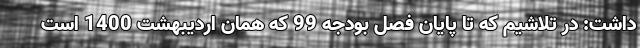
داشت: در تلاشیم که تا پایان فصل بودجه 99 که همان اردیبهشت 1400 است